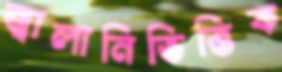
জ্বালানিভিত্তিক